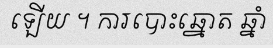
ឡើយ ។ ការបោះឆ្នោត ឆ្នាំ